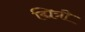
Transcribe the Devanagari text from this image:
द्मित्री